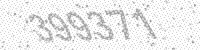
Solution: 399371